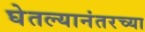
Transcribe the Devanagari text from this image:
घेतल्यानंतरच्या